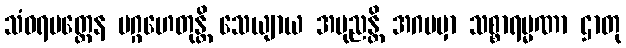
သံဝရမတ္တေန ပဂ္ဂဟေတုန္တိ သေယျာယ အပုညန္တိ အဂမမှာ သစ္စာရမ္မဏာ ဌာတု